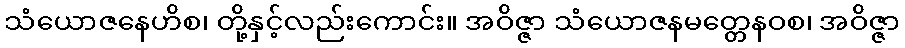
သံယောဇနေဟိစ၊ တို့နှင့်လည်းကောင်း။ အဝိဇ္ဇာ သံယောဇနမတ္တေနဝစ၊ အဝိဇ္ဇာ